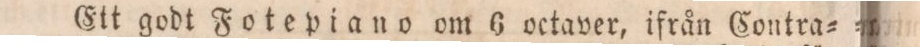
Ett godt Fotepiano om 6 octaver, ifrån Contra=